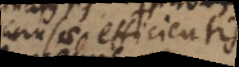
causam efficientem